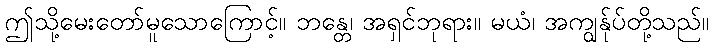
ဤသို့မေးတော်မူသောကြောင့်။ ဘန္တေ၊ အရှင်ဘုရား။ မယံ၊ အကျွန်ုပ်တို့သည်။